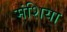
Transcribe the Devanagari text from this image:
मंशिया